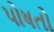
પોષતો